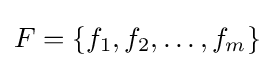
F=\{f_{1},f_{2},\dots ,f_{m}\}